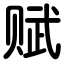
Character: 赋